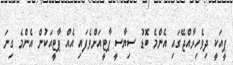
ޕީއަކީ ދިވެހިރާއްޖޭގައި އެންމެ ބޮޑު ސިޔާސީ ޕާޓީއަށްވެފައި އެއް ޕާޓީއަކުން އެންމެ ގިނަ